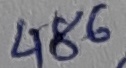
Text: 486